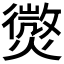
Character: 𭶓